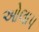
ઓલાપ